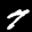
Label: 7